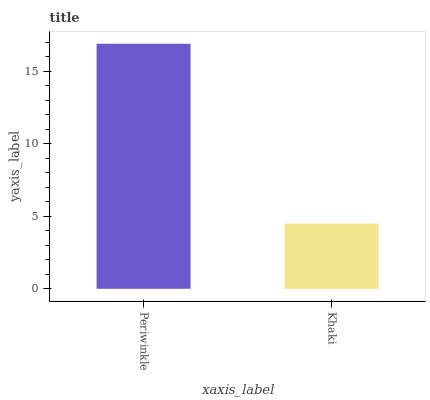
| xaxis_label | bars |
 | --- | --- |
 | Periwinkle | 16.9 |
 | Khaki | 4.49 |